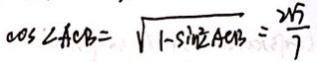
\cos \angle A C B = \sqrt { 1 - \sin ^ { 2 } \angle A C B } = \frac { 2 \sqrt { 7 } } { 7 }